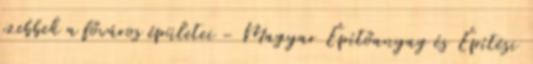
szebbek a főváros épületei - Magyar Építőanyag és Építési